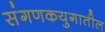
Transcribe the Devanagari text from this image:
संगणकयुगातील